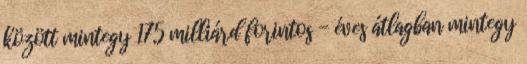
között mintegy 175 milliárd forintos - éves átlagban mintegy